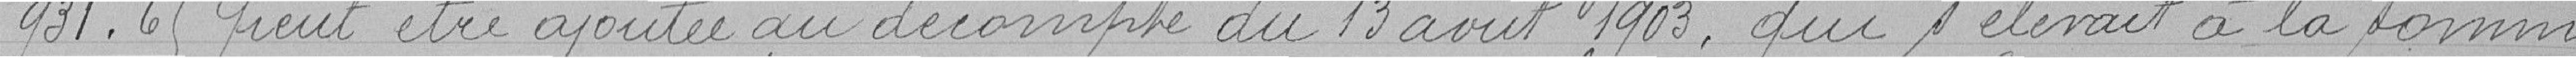
de 931.69 francs peut être ajoutée au décompte du 13 août 1903,qui s'élevait à la somme